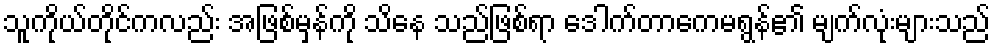
သူကိုယ်တိုင်ကလည်း အဖြစ်မှန်ကို သိနေ သည်ဖြစ်ရာ ဒေါက်တာကေမရွန်၏ မျက်လုံးများသည်